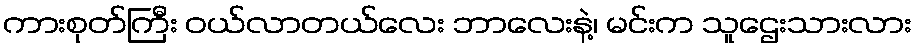
ကားစုတ်ကြီး ဝယ်လာတယ်လေး ဘာလေးနဲ့၊ မင်းက သူဌေးသားလား